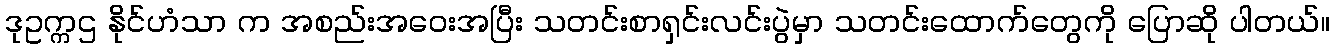
ဒုဥက္ကဌ နိုင်ဟံသာ က အစည်းအဝေးအပြီး သတင်းစာရှင်းလင်းပွဲမှာ သတင်းထောက်တွေကို ပြောဆို ပါတယ်။